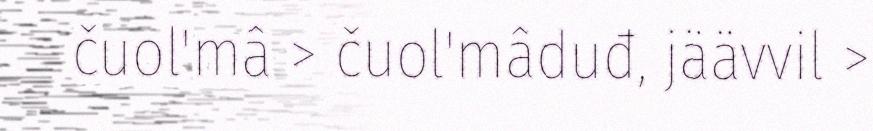
čuol'mâ > čuol'mâduđ, jäävvil >